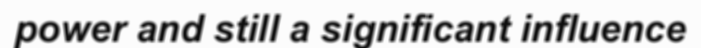
power and still a significant influence